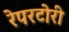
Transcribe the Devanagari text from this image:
रेपरटोरी